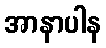
အာနာပါန